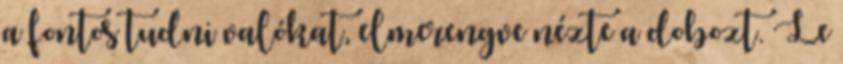
a fontos tudni valókat, elmerengve nézte a dobozt. Le